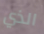
الذي